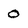
Character: 0